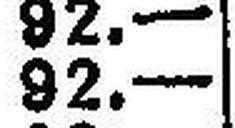
92.—